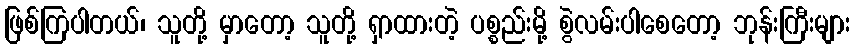
ဖြစ်ကြပါတယ်၊ သူတို့ မှာတော့ သူတို့ ရှာထားတဲ့ ပစ္စည်းမို့ စွဲလမ်းပါစေတော့ ဘုန်းကြီးများ